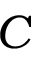
C